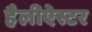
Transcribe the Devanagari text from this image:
हैलीऐस्टर